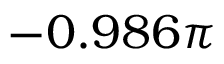
- 0 . 9 8 6 \pi